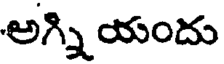
అగ్ని యందు